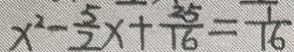
x ^ { 2 } - \frac { 5 } { 2 } x + \frac { 2 5 } { 1 6 } = \frac { 1 } { 1 6 }